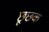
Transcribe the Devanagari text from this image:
छूछक